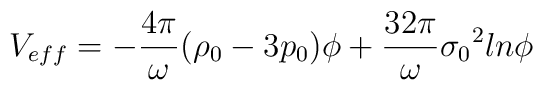
V_{eff}=-\frac{4{\pi}}{\omega}({\rho}_{0}-3p_{0}){\phi}+\frac{32{\pi}}{\omega}{{\sigma}_{0}}^{2}ln{\phi}